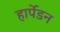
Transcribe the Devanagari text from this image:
हार्पेडन